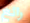
رائع